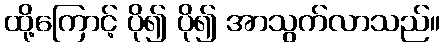
ထို့ကြောင့် ပို၍ ပို၍ အာသွက်လာသည်။